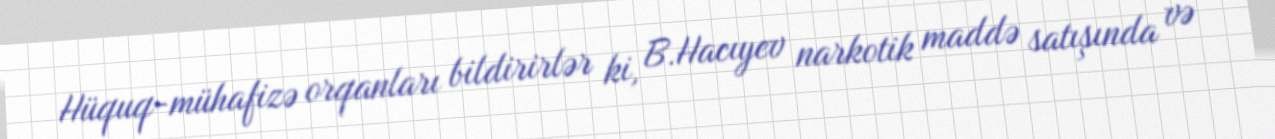
Hüquq-mühafizə orqanları bildirirlər ki, B.Hacıyev narkotik maddə satışında və